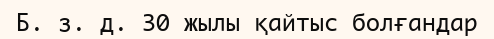
Б. з. д. 30 жылы қайтыс болғандар